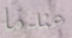
عندما